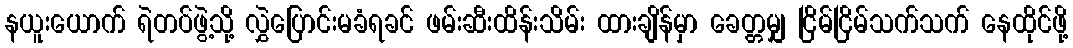
နယူးယောက် ရဲတပ်ဖွဲ့သို့ လွှဲပြောင်းမခံရခင် ဖမ်းဆီးထိန်းသိမ်း ထားချိန်မှာ ခေတ္တမျှ ငြိမ်ငြိမ်သက်သက် နေထိုင်ဖို့